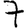
Digit: 7